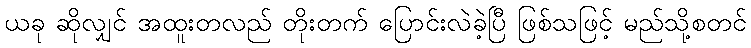
ယခု ဆိုလျှင် အထူးတလည် တိုးတက် ပြောင်းလဲခဲ့ပြီ ဖြစ်သဖြင့် မည်သို့စတင်